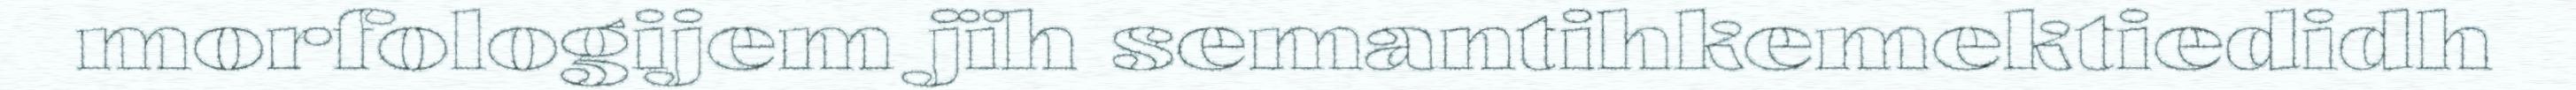
morfologijem jïh semantihkemektiedidh